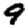
Digit: 9